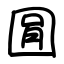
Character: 㘣